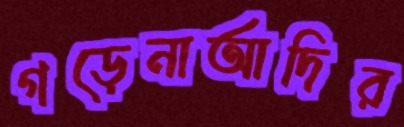
গড়েনাআদির